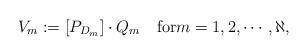
LaTeX: \begin{align*}V_m:=[P_{D_m}]\cdot Q_m \quad\mbox{for} m=1, 2, \cdots, \aleph,\end{align*}